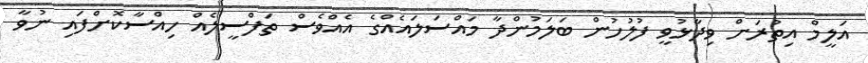
އަލީމް އިތުރަށް ވިދާޅުވީ ފުލުހުން ބަލަމުންދާ މައްސަަލައެއްގެ އެއްވެސް ތަފްސީލެއް ހިއްސާކޮށްފައި ނުވާ